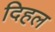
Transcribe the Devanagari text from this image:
दिहल